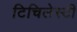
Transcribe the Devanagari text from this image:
टिचिलेस्टी